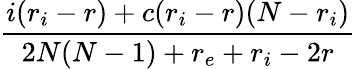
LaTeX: \frac{i(r_{i}-r)+c(r_{i}-r)(N-r_{i})}{2N(N-1)+r_{e}+r_{i}-2r}